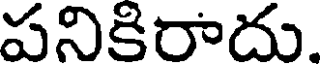
పనికిరాదు.